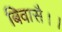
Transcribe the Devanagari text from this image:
बिवासै।।